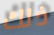
ذلك